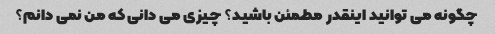
چگونه می توانید اینقدر مطمئن باشید؟ چیزی می دانی که من نمی دانم؟